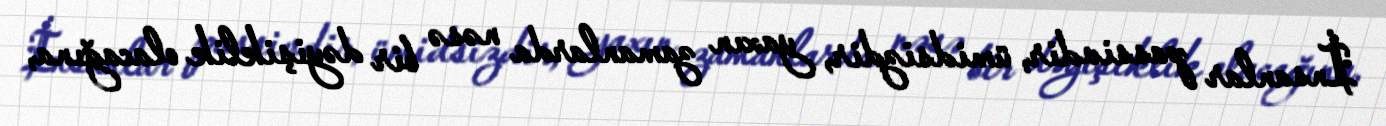
İnsanlar passivdir, ümidsizdir, yaxın zamanlarda nəsə bir dəyişiklik olacağına,